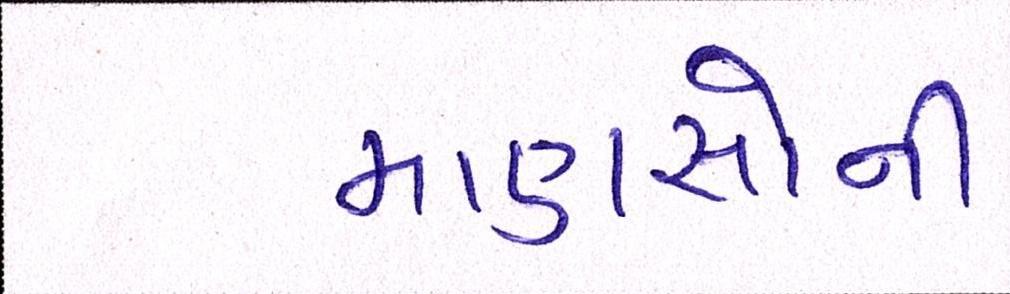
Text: માણસોની